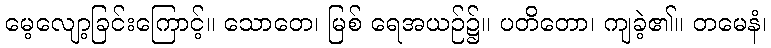
မေ့လျော့ခြင်းကြောင့်။ သောတေ၊ မြစ် ရေအယဉ်၌။ ပတိတော၊ ကျခဲ့၏။ တမေနံ၊